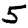
Digit: 5